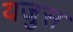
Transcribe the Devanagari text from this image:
यजुस